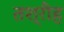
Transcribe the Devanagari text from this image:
तश्रीह